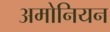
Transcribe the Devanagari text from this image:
अमोनियन